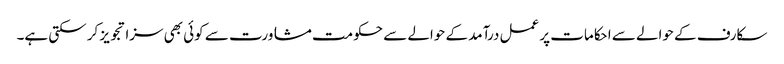
سکارف کے حوالے سے احکامات پر عمل درآمد کے حوالے سے حکومت مشاورت سے کوئی بھی سزا تجویز کر سکتی ہے۔